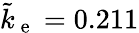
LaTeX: \tilde{k}_{\mathrm{~e~}}=0.211